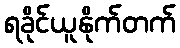
ရခိုင်ယူနိုက်တက်